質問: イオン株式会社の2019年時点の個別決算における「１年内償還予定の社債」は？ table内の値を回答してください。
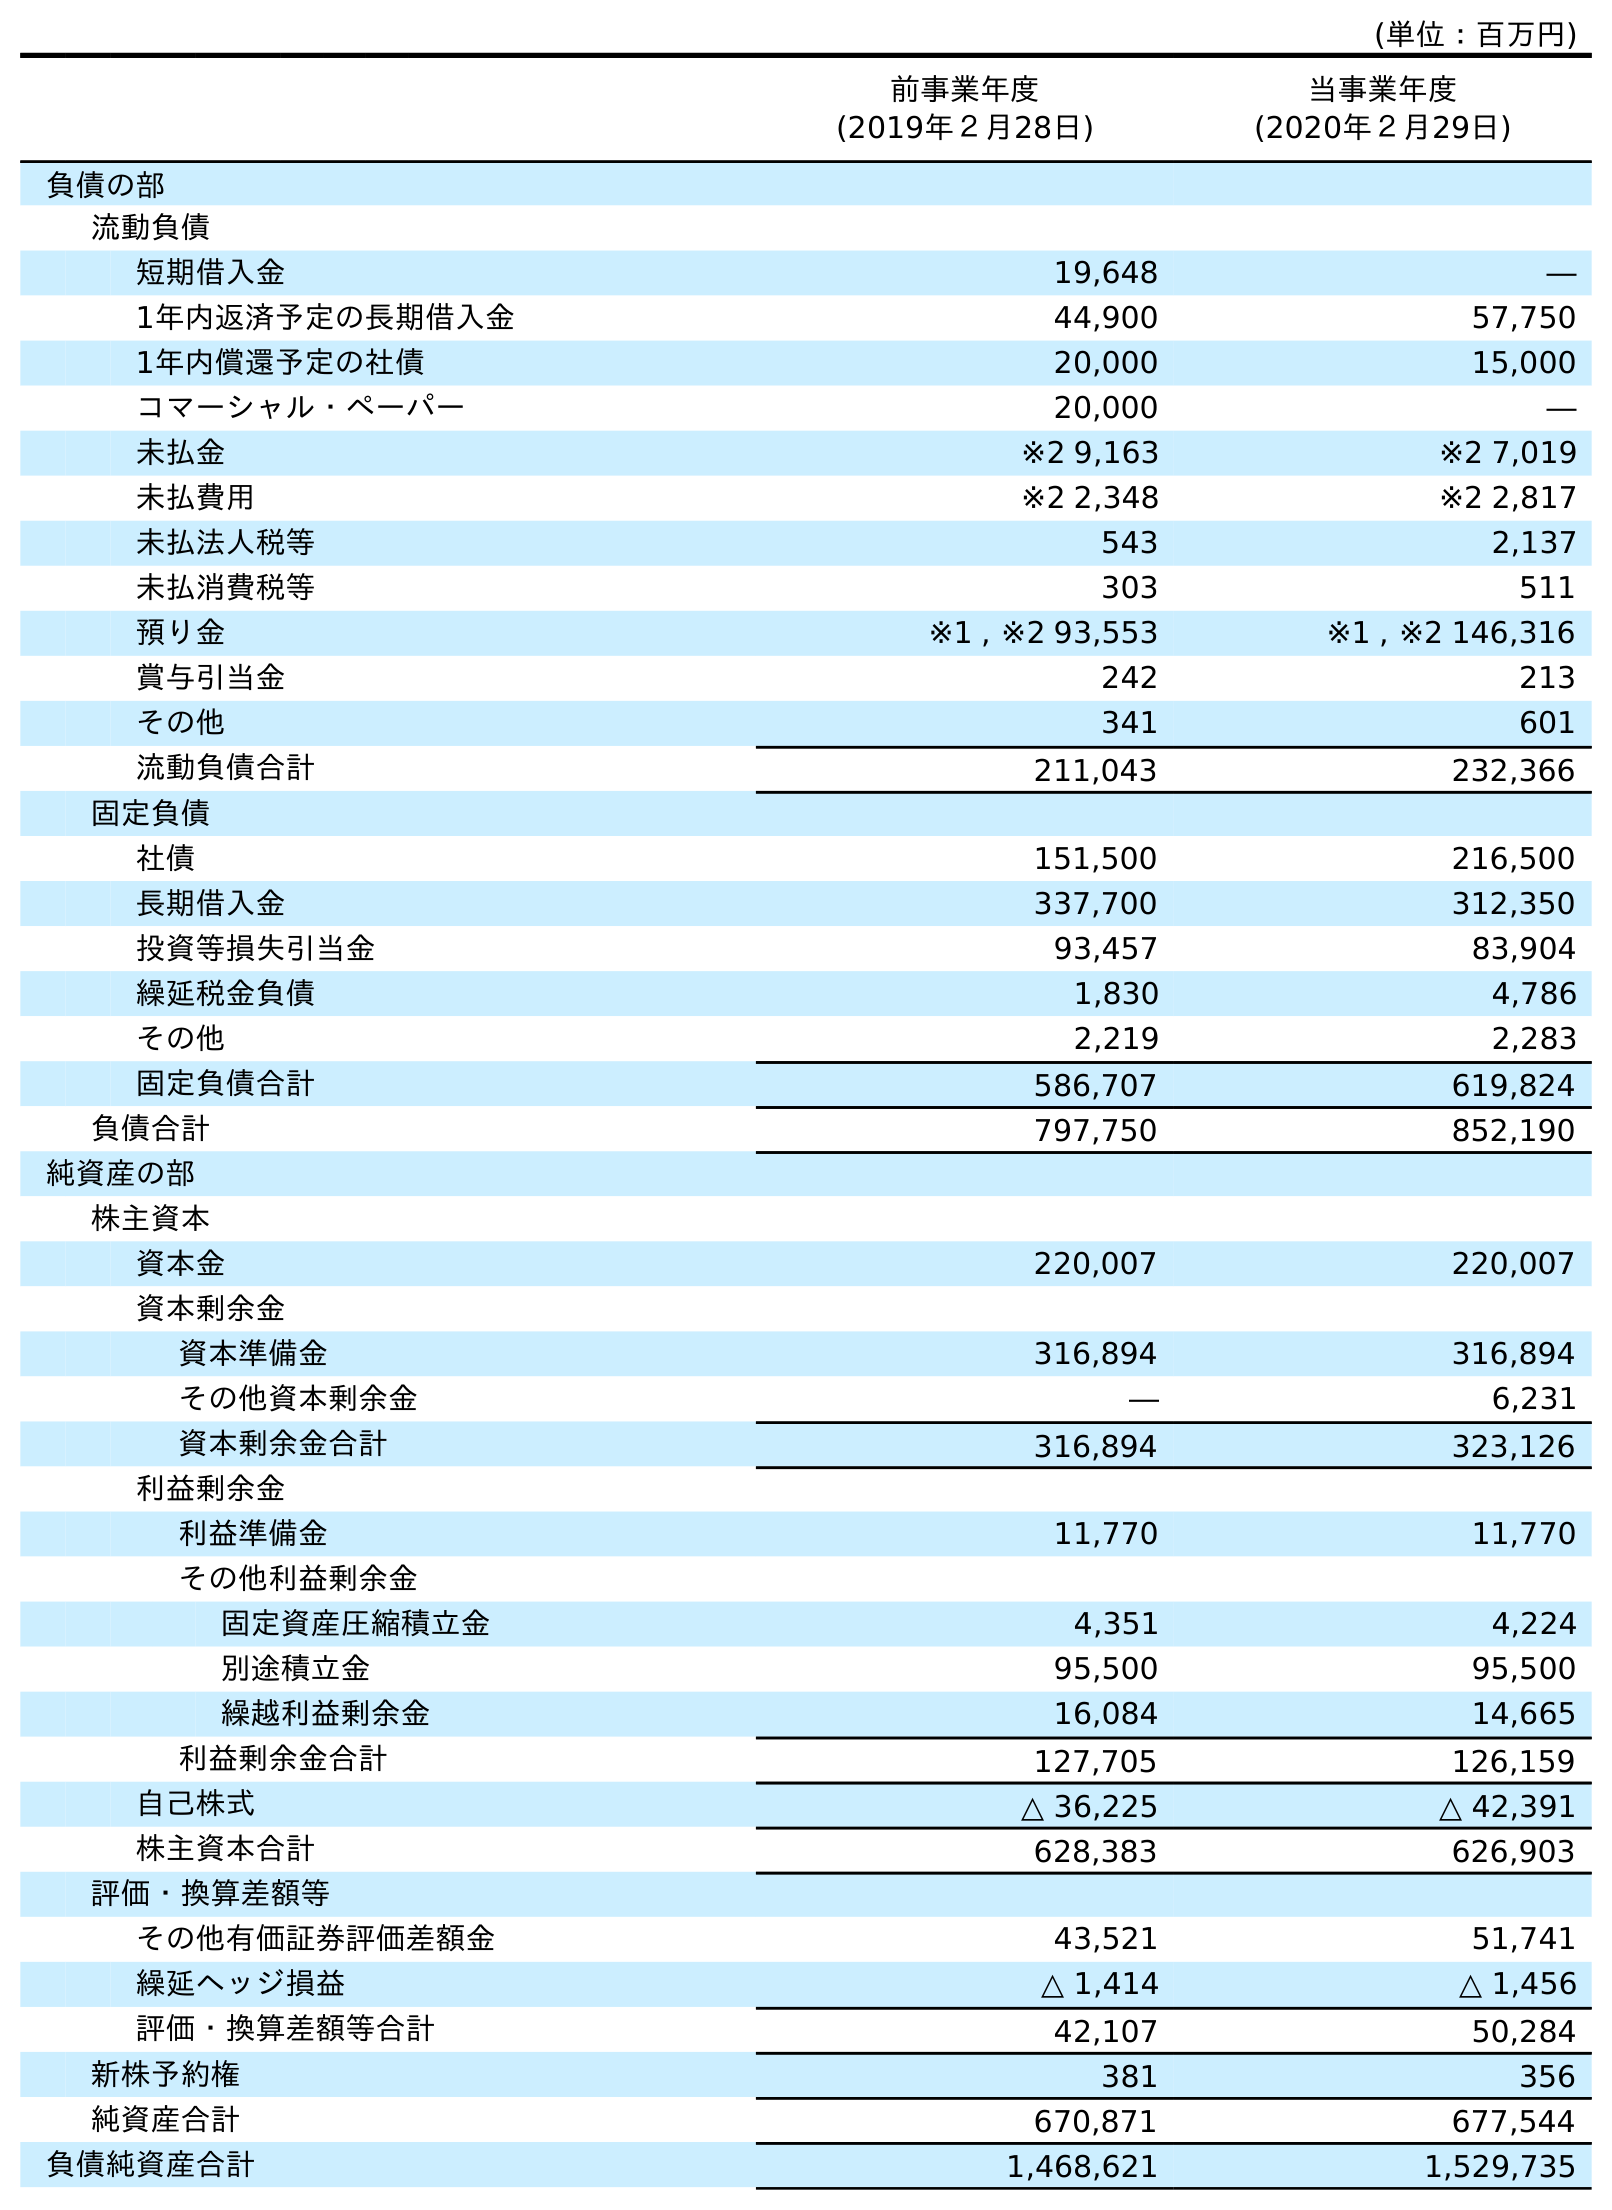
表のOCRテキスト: (単位：百万円) 前事業年度 (2019年２月28日) 当事業年度 (2020年２月29日) 負債の部 流動負債 短期借入金 19,648 ― 1年内返済予定の長期借入金 44,900 57,750 1年内償還予定の社債 20,000 15,000 コマーシャル・ペーパー 20,000 ― 未払金 ※2 9,163 ※2 7,019 未払費用 ※2 2,348 ※2 2,817 未払法人税等 543 2,137 未払消費税等 303 511 預り金 ※1 , ※2 93,553 ※1 , ※2 146,316 賞与引当金 242 213 その他 341 601 流動負債合計 211,043 232,366 固定負債 社債 151,500 216,500 長期借入金 337,700 312,350 投資等損失引当金 93,457 83,904 繰延税金負債 1,830 4,786 その他 2,219 2,283 固定負債合計 586,707 619,824 負債合計 797,750 852,190 純資産の部 株主資本 資本金 220,007 220,007 資本剰余金 資本準備金 316,894 316,894 その他資本剰余金 ― 6,231 資本剰余金合計 316,894 323,126 利益剰余金 利益準備金 11,770 11,770 その他利益剰余金 固定資産圧縮積立金 4,351 4,224 別途積立金 95,500 95,500 繰越利益剰余金 16,084 14,665 利益剰余金合計 127,705 126,159 自己株式 △ 36,225 △ 42,391 株主資本合計 628,383 626,903 評価・換算差額等 その他有価証券評価差額金 43,521 51,741 繰延ヘッジ損益 △ 1,414 △ 1,456 評価・換算差額等合計 42,107 50,284 新株予約権 381 356 純資産合計 670,871 677,544 負債純資産合計 1,468,621 1,529,735
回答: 20,000